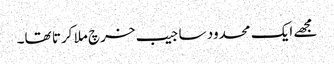
مجھے ایک محدود سا جیب خرچ ملا کرتا تھا۔